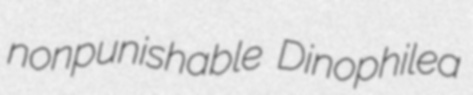
nonpunishable Dinophilea